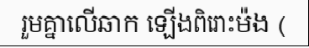
រួមគ្នាលើឆាក ឡើងពិរោះម៉ង (